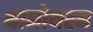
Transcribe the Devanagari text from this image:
थामोथरम